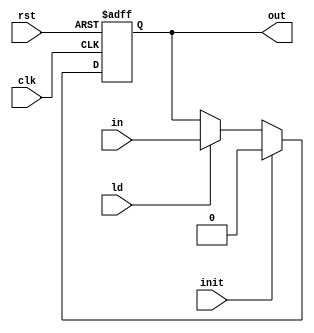
module Reg1(clk,rst,init,ld,in,out);
input clk;
input rst;
input init;
input ld;
input in;
output reg out;
	always@(posedge clk or posedge rst)begin
		if (rst) out<=1'b0;
		else if (init) out<=1'b0;
		else if (ld) out<=in;
	end
endmodule